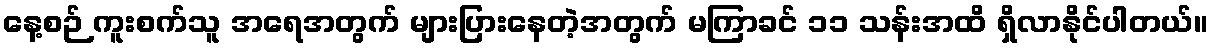
နေ့စဉ် ကူးစက်သူ အရေအတွက် များပြားနေတဲ့အတွက် မကြာခင် ၁၁ သန်းအထိ ရှိလာနိုင်ပါတယ်။